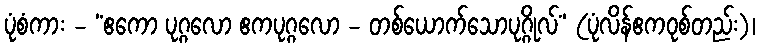
ပုံစံကား - “ဧကော ပုဂ္ဂလော ဧကပုဂ္ဂလော - တစ်ယောက်သောပုဂ္ဂိုလ်” (ပုံလိန်ဧကဝုစ်တည်း)၊